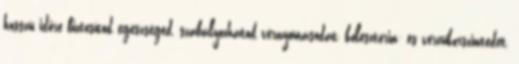
hosszú időre biztosítod egészséged, szabályozhatod vérnyomásodat, koleszterin- és vércukorszintedet,